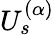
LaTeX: U_{s}^{(\alpha)}